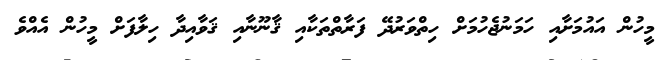
މީހުން އައުމަށާއި ހަމަނުޖެހުމަށް ހިތްވަރުދޭ ފަރާތްތަކާއި ޤާނޫނާއި ޤަވާއިދާ ހިލާފަށް މީހުން އެއްވެ